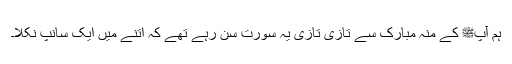
ہم آپﷺ کے منہ مبارک سے تازی تازی یہ سورت سن رہے تھے کہ اتنے میں ایک سانپ نکلا۔